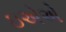
ઇએએ